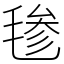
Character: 毶